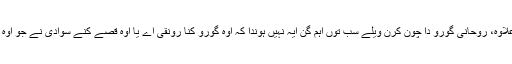
ایس توں علاوہ، روحانی گورو دا چون کرن ویلے سب توں اہم گُن ایہ نہیں ہوندا کہ اوہ گورو کنا رونقی اے یا اوہ قصے کنے سوادی نے جو اوہ سناندا اے۔